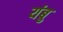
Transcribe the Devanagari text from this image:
यंबु